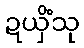
ဍယှိံသု